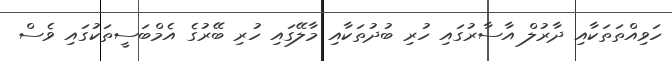
ހަވިއްތަތަކާއި ދާރުލް އާސާރުގައި ހުރި ބުދުތަކާއި މާލޭގައި ހުރި ބޭރުގެ އެމްބަސީތަކުގައި ވެސް